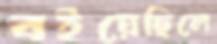
বইয়েছিলে